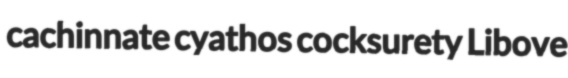
cachinnate cyathos cocksurety Libove